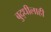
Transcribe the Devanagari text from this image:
बुद्धीलाही